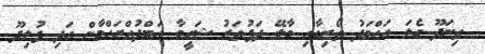
ތިނަދޫ ގެލަ އަހްމަދު ތޯރިގާއި މާލޭ ދަފުތަރު ޝަހީމާ އަބްދުއްރަހްމާން އަދި ފުލިދޫ